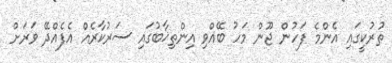
ތުރުކީގައި އެންމެ ފަހުން ޖޫން މަހު ބޭއްވި އިންތިޚާބުގައި ސަރުކާރެއް އެފެއްދޭ ވަރަށް